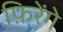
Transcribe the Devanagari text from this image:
फ़िरेंगे